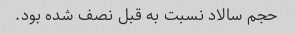
حجم سالاد نسبت به قبل نصف شده بود.